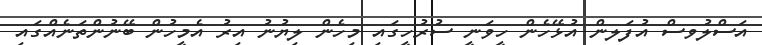
އަސްލުވސް އުފަލން އުޅޭހެން ހީވަނީ ސުރުހީގައި މިހެން ލިޔުނު އިރު އެމީހުން ބޭނުންތަނެއްގައި